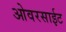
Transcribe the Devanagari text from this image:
ओवरसाईट